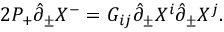
2 P _ { + } \hat { \partial } _ { \pm } X ^ { - } = G _ { i j } \hat { \partial } _ { \pm } X ^ { i } \hat { \partial } _ { \pm } X ^ { j } .